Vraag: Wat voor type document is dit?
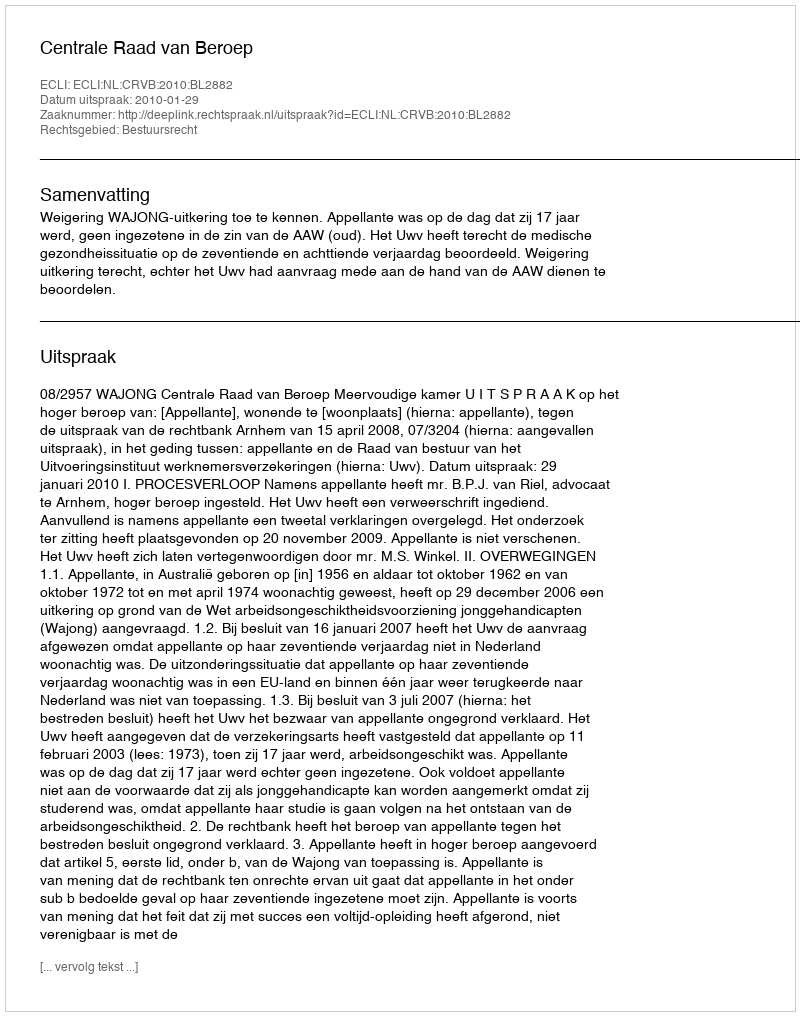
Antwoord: Uitspraak